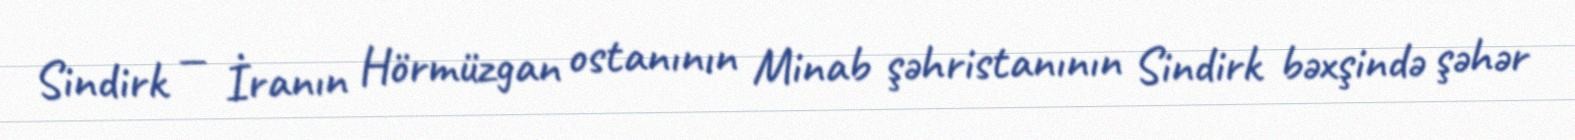
Sindirk — İranın Hörmüzgan ostanının Minab şəhristanının Sindirk bəxşində şəhər